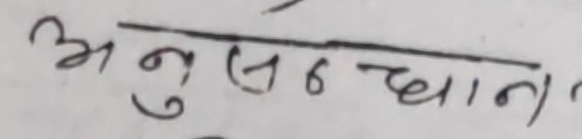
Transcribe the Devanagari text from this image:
अनुसन्धान